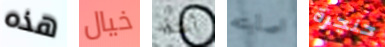
هذه خيال أعتقد اصابته حنجرة